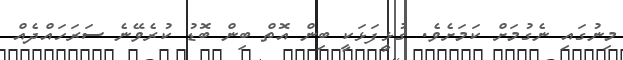
މިނުގައި ނެގުމަށް ކަމަށެވެ. ގުޅީފަޅަކީ ބިން އޮތް ބިން ބޮޑު ކުރެވޭނެ ސަރަހައްދެއް